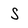
Character: S